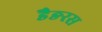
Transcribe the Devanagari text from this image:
डैङरस